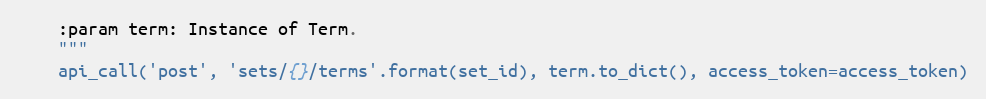
Language: Python
    :param term: Instance of Term.
    """
    api_call('post', 'sets/{}/terms'.format(set_id), term.to_dict(), access_token=access_token)